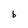
Character: b